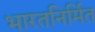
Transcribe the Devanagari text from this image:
भारतनिर्मित